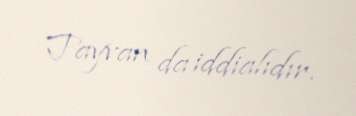
Tayvan da iddialıdır.